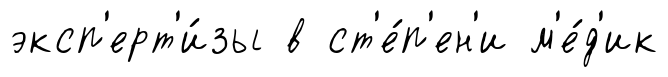
эксп'ерт'и́зы в ст'е́п'ен'и м'е́д'ик